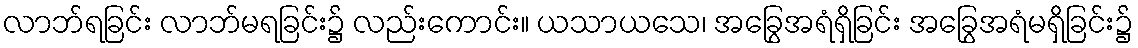
လာဘ်ရခြင်း လာဘ်မရခြင်း၌ လည်းကောင်း။ ယသာယသေ၊ အခြွေအရံရှိခြင်း အခြွေအရံမရှိခြင်း၌